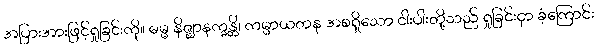
အပြားအားဖြင့်ရှုခြင်းကို။ ဓမ္မ နိဇ္ဈာနက္ခန္တိံ၊ ကမ္မာယတန အစရှိသော ငါးပါးတို့သည် ရှုခြင်းငှာ ခံ့ကြောင်း